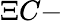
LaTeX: \Xi C-